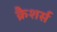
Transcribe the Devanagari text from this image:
क्रैशर्स